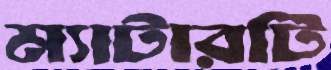
ম্যাটারটি